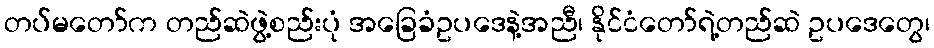
တပ်မတော်က တည်ဆဲဖွဲ့စည်းပုံ အခြေခံဥပဒေနဲ့အညီ၊ နိုင်ငံတော်ရဲ့တည်ဆဲ ဥပဒေတွေ၊